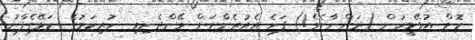
ކޮށް އުޅޭމީހުން (ދަންނާށެވެ!) ފަހެ އެއުރެންނަށް ވޭންދެނިވި  ހުރިކަމުގެ  ކަލޭގެފާނު